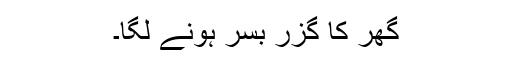
گھر کا گزر بسر ہونے لگا۔